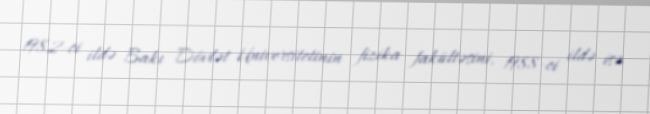
1982-ci ildə Bakı Dövlət Universitetinin fizika fakültəsini, 1988-ci ildə isə